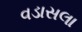
વડાસલા